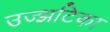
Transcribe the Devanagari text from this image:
उज्झटिका